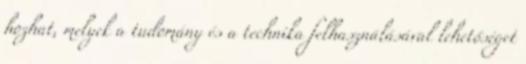
hozhat, melyek a tudomány és a technika felhasználásával lehetőséget